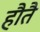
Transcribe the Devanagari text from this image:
हौतै